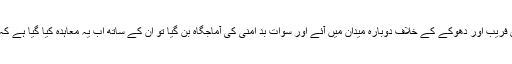
اس کے بعد جب سوات کے عوام اس فریب اور دھوکے کے خلاف دوبارہ میدان میں آئے اور سوات بد اَمنی کی آماجگاہ بن گیا تو ان کے ساتھ اب یہ معاہدہ کیا گیا ہے کہ انہیں شرعی نظام عدل دیا جائے گا۔